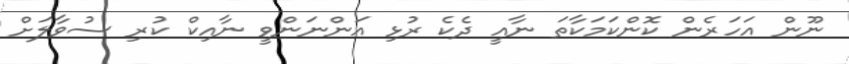
ނޫން އަހަރެން ކޮންކަމަކާތަ ނާއީ ދެކެ ރުޅި އަންނަންވީ ނާއިކް ކުރި ސުވާލަށް